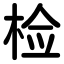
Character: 检